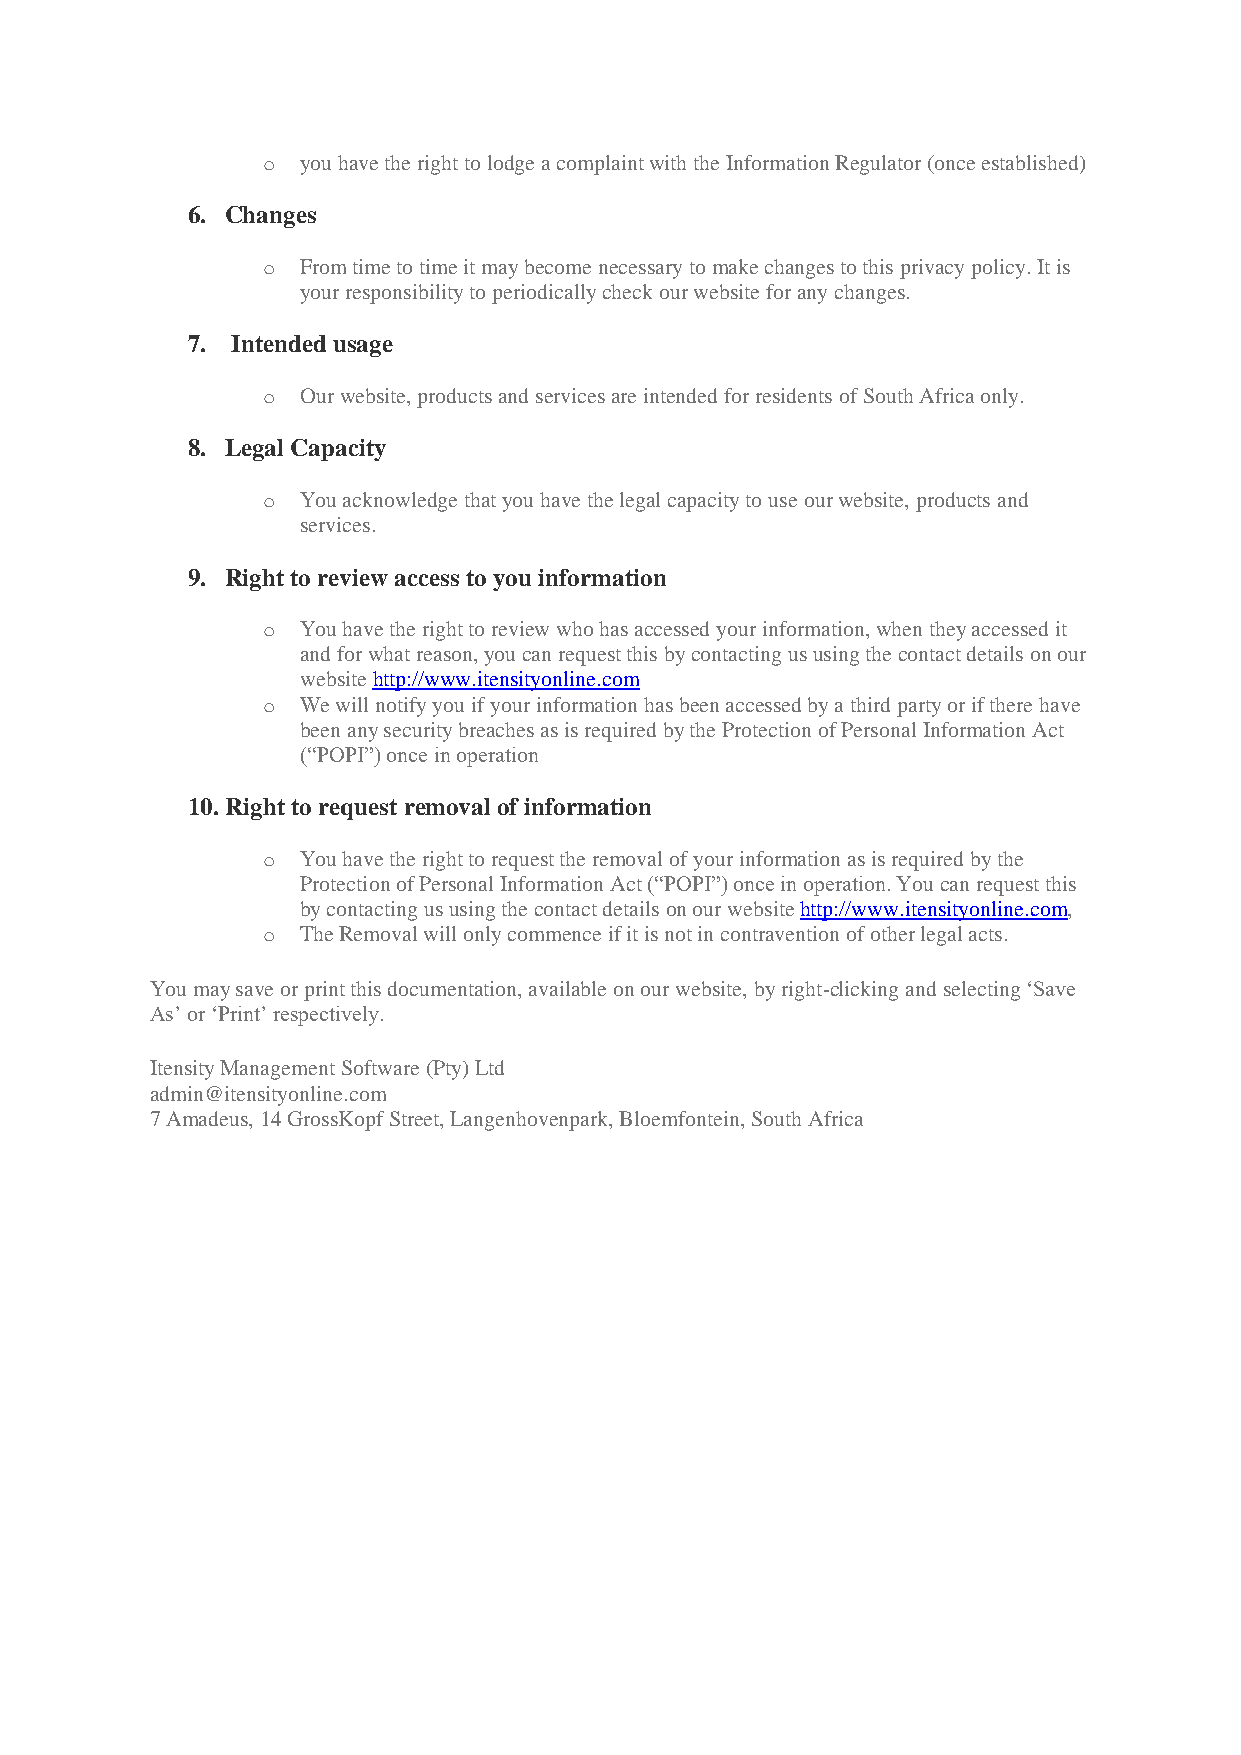
o  you have the right to lodge a complaint with the Information Regulator (once established)
 6. Changes
 o  From time to time it may become necessary to make changes to this privacy policy. It is
 your responsibility to periodically check our website for any changes.
 7. Intended usage
 o  Our website, products and services are intended for residents of South Africa only.
 8. Legal Capacity
 o  You acknowledge that you have the legal capacity to use our website, products and
 services.
 9. Right to review access to you information
 o  You have the right to review who has accessed your information, when they accessed it
 and for what reason, you can request this by contacting us using the contact details on our
 website http://www.itensityonline.com
 o  We will notify you if your information has been accessed by a third party or if there have
 been any security breaches as is required by the Protection of Personal Information Act
 (“POPI”) once in operation
 10. Right to request removal of information
 o  You have the right to request the removal of your information as is required by the
 Protection of Personal Information Act (“POPI”) once in operation. You can request this
 by contacting us using the contact details on our website http://www.itensityonline.com,
 o  The Removal will only commence if it is not in contravention of other legal acts.
 You may save or print this documentation, available on our website, by right-clicking and selecting ‘Save
 As’ or ‘Print’ respectively.
 Itensity Management Software (Pty) Ltd
 admin@itensityonline.com
 7 Amadeus, 14 GrossKopf Street, Langenhovenpark, Bloemfontein, South Africa